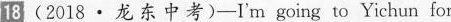
18 (2018·龙东中考)—I'm going to Yichun for